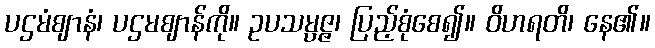
ပဌမံဈာနံ၊ ပဌမဈာန်ကို။ ဥပသမ္ပဇ္ဇ၊ ပြည့်စုံစေ၍။ ဝိဟရတိ၊ နေ၏။